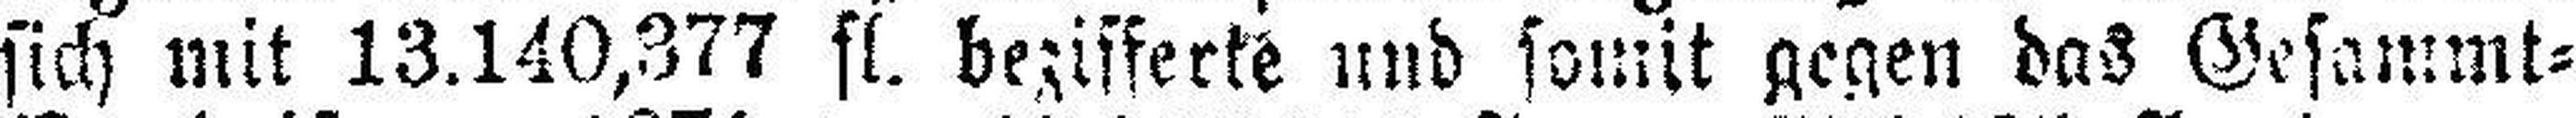
sich mit 13.140,377 fl. bezifferte und somit gegen das Gesammt=